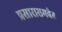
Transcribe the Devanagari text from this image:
प्रसारासमवेत